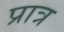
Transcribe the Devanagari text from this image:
प्रात्र